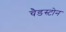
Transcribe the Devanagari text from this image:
चैडस्टोन